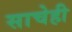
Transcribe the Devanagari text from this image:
साचेही